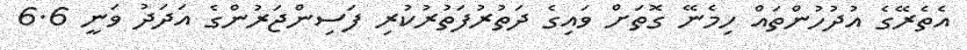
އެތެރޭގެ އުދުހުންތައް ހިމެނޭ ގޮތަށް ވައިގެ ދަތުރުފަތުރުކުރި ފަސިންޖަރުންގެ އަދަދު ވަނީ 6.6